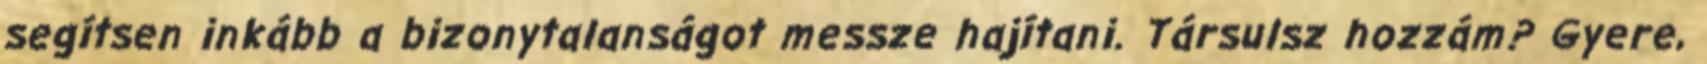
segítsen inkább a bizonytalanságot messze hajítani. Társulsz hozzám? Gyere,